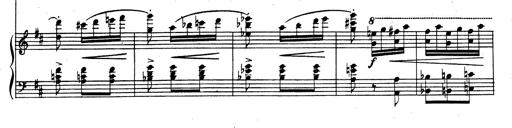
Title: Rhapsodie espagnole
Composer: Franz Liszt